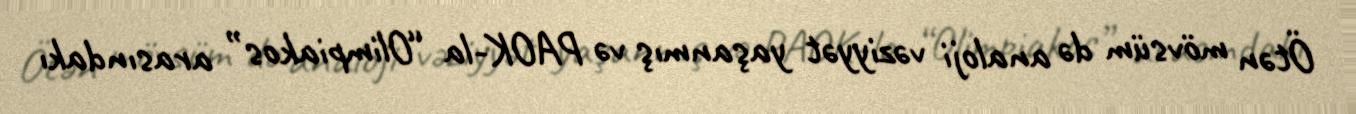
Ötən mövsüm də analoji vəziyyət yaşanmış və PAOK-la “Olimpiakos” arasındakı